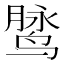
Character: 𱊓